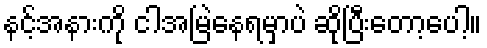
နင့်အနားကို ငါအမြဲနေရမှာပဲ ဆိုပြီးတော့ပေါ့။